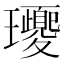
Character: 𤫕